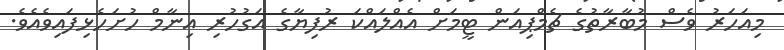
މިއަހަރު ވެސް މުބާރާތުގެ ޗެމްޕިއަން ޓީމަށް އެއްލައްކަ ރުފިޔާގެ އަގުހުރި އިނާމް ހުށަހެޅިފައިވެއެވެ.